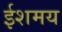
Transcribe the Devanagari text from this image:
ईशमय